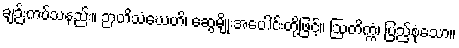
ချဉ်းကပ်သနည်း။ ဉာတိသံဃေဟိ၊ ဆွေမျိုးအပေါင်းတို့ဖြင့်။ ဩတိက္ကံ၊ ပြည့်စုံသော။